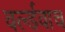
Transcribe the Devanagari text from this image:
वर्ल्डवाच